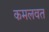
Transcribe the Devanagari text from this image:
कमलवत